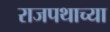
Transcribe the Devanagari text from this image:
राजपथाच्या